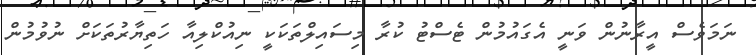
ނަމަވެސް އީރާނުން ވަނީ އެގައުމުން ޓެސްޓު ކުރާ މިސައިލްތަކަކީ ނިއުކްލިއާ ހަތިޔާރުތަކަށް ނުވުމުން